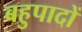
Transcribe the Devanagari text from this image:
बहुपादों